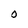
Character: O